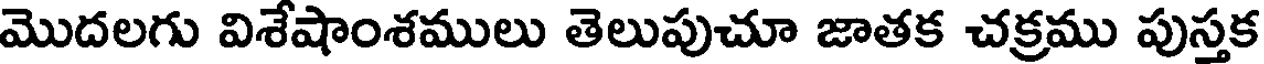
మొదలగు విశేషాంశములు తెలుపుచూ జాతక చక్రము పుస్తక